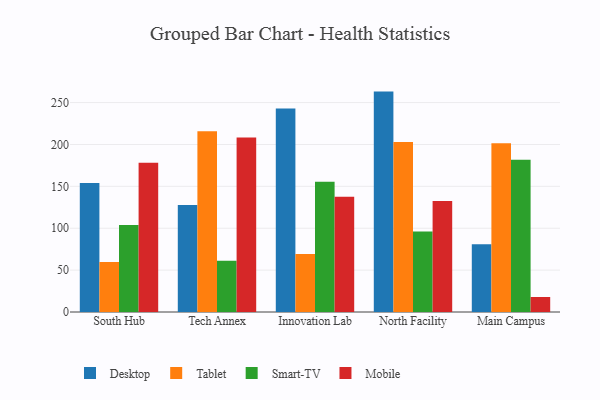
{"axis": {"x": "Campus", "y": "Budget (USD K)"}, "legend": ["Desktop", "Mobile", "Smart-TV", "Tablet"], "data": [{"x": "South Hub", "y": 154.0, "type": "Desktop"}, {"x": "South Hub", "y": 59.7, "type": "Tablet"}, {"x": "South Hub", "y": 103.8, "type": "Smart-TV"}, {"x": "South Hub", "y": 178.1, "type": "Mobile"}, {"x": "Tech Annex", "y": 127.7, "type": "Desktop"}, {"x": "Tech Annex", "y": 215.7, "type": "Tablet"}, {"x": "Tech Annex", "y": 61.3, "type": "Smart-TV"}, {"x": "Tech Annex", "y": 208.3, "type": "Mobile"}, {"x": "Innovation Lab", "y": 242.9, "type": "Desktop"}, {"x": "Innovation Lab", "y": 69.3, "type": "Tablet"}, {"x": "Innovation Lab", "y": 155.5, "type": "Smart-TV"}, {"x": "Innovation Lab", "y": 137.6, "type": "Mobile"}, {"x": "North Facility", "y": 263.1, "type": "Desktop"}, {"x": "North Facility", "y": 202.9, "type": "Tablet"}, {"x": "North Facility", "y": 96.1, "type": "Smart-TV"}, {"x": "North Facility", "y": 132.6, "type": "Mobile"}, {"x": "Main Campus", "y": 80.8, "type": "Desktop"}, {"x": "Main Campus", "y": 201.5, "type": "Tablet"}, {"x": "Main Campus", "y": 181.7, "type": "Smart-TV"}, {"x": "Main Campus", "y": 17.9, "type": "Mobile"}]}